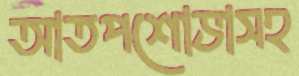
আতপশোভাসহ